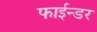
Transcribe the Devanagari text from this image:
फाईन्डर